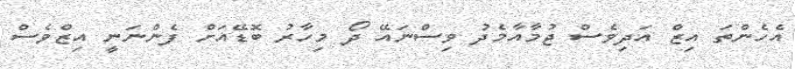
އެހެންތަ އިޒް އަދިވެސް ޖުމާއާމެދު ވިސްނައޭ ދޯ މިހާރު ބޮޑޭއަށް ފެންނަނީ އިޒްވެސް